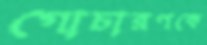
গোচারণকে